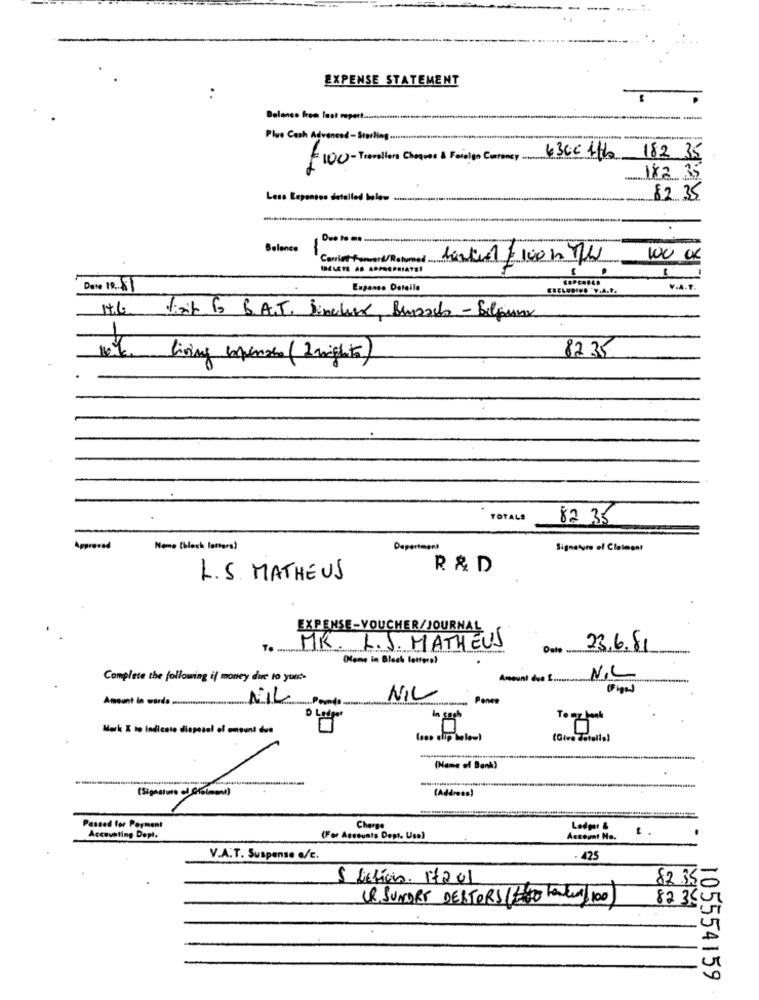
---
EXPENSE STATEMENT
..
Balanco from last report ..............
Plue Cash Advanced- Starling ...
- 100- Travellers Cheques & Foreign Currency .
63Cc 1tb 182 35
182 35
82 35
Balance
Conint-fonverd/Rotumed .........
hertil $ 100 h 4h
100 cx
Date 19 ...
Expans. Deteile
CHELUDING "V.A.Y.
V.A.T.
It6 link & B.A.T. Sinclar, Bursach - Silpuur
82.35
living expenses (2 nights)
TOTALS
82 35
Approved
Neme [blech letters)
Department
Signature of Cleiment
R & D
L.S. MATHEUS
EXPENSE-VOUCHER/JOURNAL
MK. L.J. MATHEUS
23.6.81
(Name in Block letters)
Complete the following if money due to your-
Amount due t .....
N.L
Amount in words ML
NIL
Pone
To mybank
(Give Totalis)
-
(Name of Bank)
(Address)
(Signature of Cialman)
Passed for Payment
Charge
Ledger &
Accounting Depl.
(For Accounts Dest. Usa)
Account Ma.
V.A.T. Suspense a/E.
. 425
5 Letícia. 17201
82.35
UP, SUNDRY DEBTORS (200 Lenkung 100
82 340
105554159